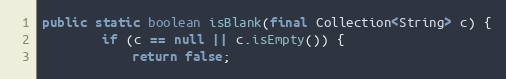
Language: Java
public static boolean isBlank(final Collection<String> c) {
        if (c == null || c.isEmpty()) {
            return false;